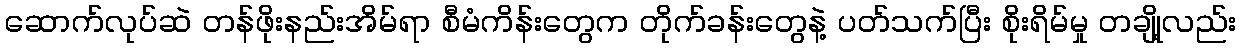
ဆောက်လုပ်ဆဲ တန်ဖိုးနည်းအိမ်ရာ စီမံကိန်းတွေက တိုက်ခန်းတွေနဲ့ ပတ်သက်ပြီး စိုးရိမ်မှု တချို့လည်း